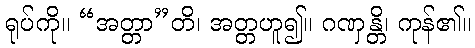
ရုပ်ကို။ “အတ္တာ”တိ၊ အတ္တဟူ၍။ ဂဏှန္တိ၊ ကုန်၏။